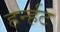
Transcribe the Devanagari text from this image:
हर्न्हट